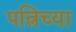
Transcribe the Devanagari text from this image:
पत्निच्या